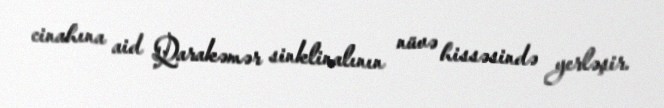
cinahına aid Qarakəmər sinklinalının nüvə hissəsində yerləşir.